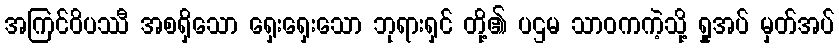
အကြင်ဝိပဿီ အစရှိသော ရှေးရှေးသော ဘုရားရှင် တို့၏ ပဌမ သာဝကကဲ့သို့ ရှုအပ် မှတ်အပ်